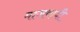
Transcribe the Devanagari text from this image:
माजवावी